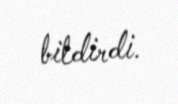
bildirdi.